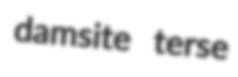
damsite terse